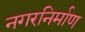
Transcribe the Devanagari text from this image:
नगरनिर्माण